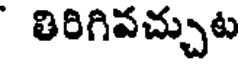
తిరిగివచ్చుట